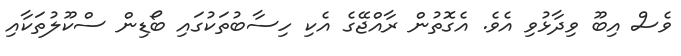
ވެސް އިބޫ ވިދާޅުވި އެވެ. އެގޮތުން ރާއްޖޭގެ އެކި ހިސާބުތަކުގައި ބޯޑިން ސްކޫލުތަކާއި